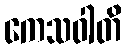
ကေသဝါတိ